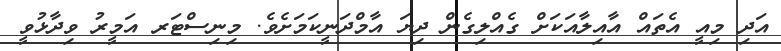
އަދި މިއީ އެތައް އާއިލާއަކަށް ގެއްލިގެން ދިޔަ އާމްދަނީކަމަށެވެ. މިނިސްޓަރ އަމީރު ވިދާޅުވީ